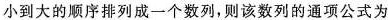
小到大的顺序排列成一个数列，则该数列的通项公式为